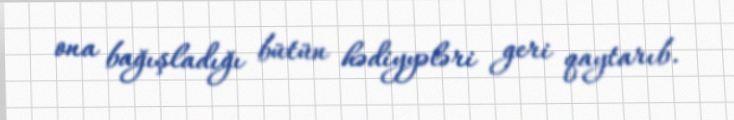
ona bağışladığı bütün hədiyyələri geri qaytarıb.